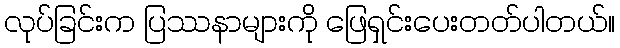
လုပ်ခြင်းက ပြဿနာများကို ဖြေရှင်းပေးတတ်ပါတယ်။